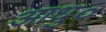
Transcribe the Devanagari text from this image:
आधु०